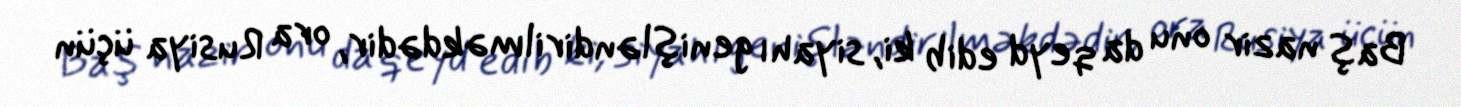
Baş nazir onu da qeyd edib ki, siyahı genişləndirilməkdədir, ora Rusiya üçün